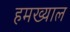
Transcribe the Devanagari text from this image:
हमख्याल